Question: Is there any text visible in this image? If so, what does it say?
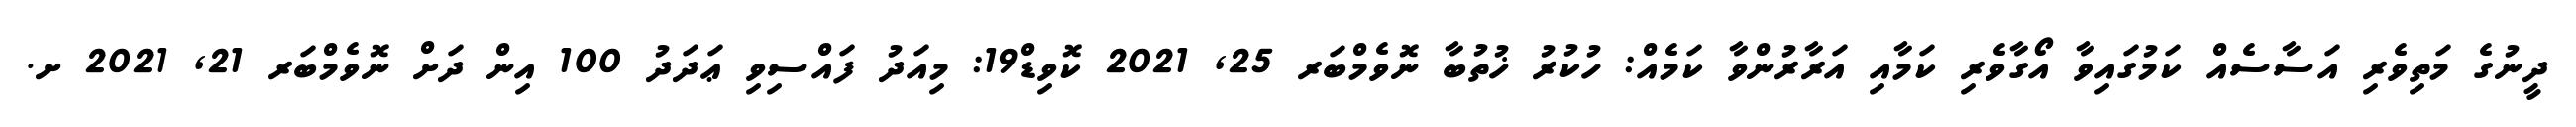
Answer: ދީނުގެ މަތިވެރި އަސާސެއް ކަމުގައިވާ އޯގާވެރި ކަމާއި އަރާރުންވާ ކަމެއް: ހުކުރު ޚުތުބާ ނޮވެމްބަރ 25, 2021 ކޮވިޑް19: މިއަދު ފައްސިވި ޢަދަދު 100 އިން ދަށް ނޮވެމްބަރ 21, 2021 ށ.